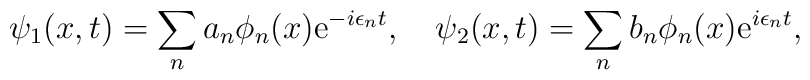
\psi_1(x,t)=\sum_{n} a_n \phi_n(x){\rm e}^{-i\epsilon_n t}, \quad \psi_2(x,t)=\sum_{n} b_n \phi_n(x) {\rm e}^{i\epsilon_n t},